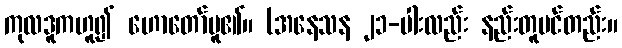
ကုလဒူကဟူ၍ ဟောတော်မူ၏။ (အနေသန ၂၁-ပါးလည်း နည်းတူပင်တည်း။